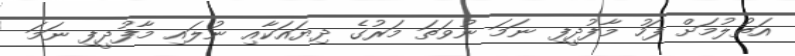
އަތުލުމަށް ފަހު މާފުދީފި ނަމަ ނުވަތަ މަރުގެ ދިޔައަކާއި ނުލައި މާފުދީފި ނަމަ